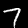
Digit: 7